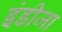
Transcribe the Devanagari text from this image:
इंडीजा